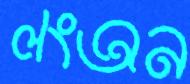
লংঅন